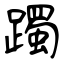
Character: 躅